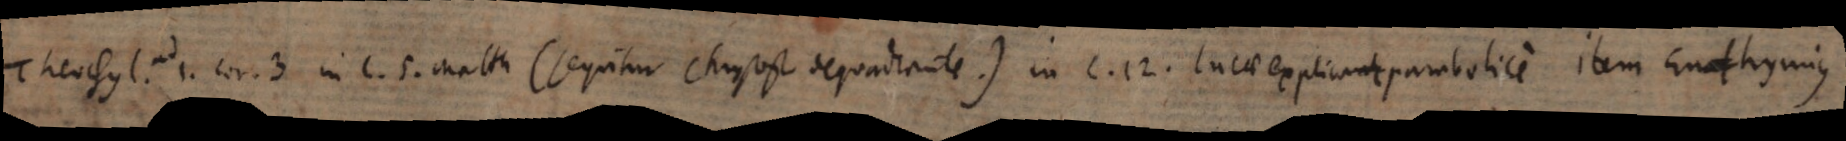
Theophyl. ad 1. Cor. 3, in c. 5. Matth. (sequitur Chrysost. de quadrante), in c. 12. Lucae explicat parabolice item Euthymius